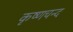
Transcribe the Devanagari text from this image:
कृष्णचन्द